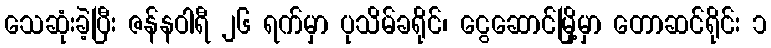
သေဆုံးခဲ့ပြီး ဇန်နဝါရီ ၂၆ ရက်မှာ ပုသိမ်ခရိုင်၊ ငွေဆောင်မြို့မှာ တောဆင်ရိုင်း ၁